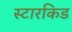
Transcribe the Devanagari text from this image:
स्टारकिड